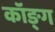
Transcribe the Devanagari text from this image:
कॉङ्‌ग